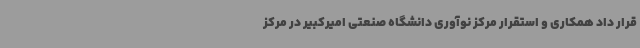
قرار داد همکاری و استقرار مرکز نوآوری دانشگاه صنعتی امیرکبیر در مرکز